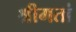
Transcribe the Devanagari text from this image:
श्रीमतां